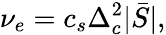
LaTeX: \nu_{e}=c_{s}\Delta_{c}^{2}|\bar{S}|,